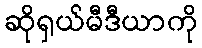
ဆိုရှယ်မီဒီယာကို